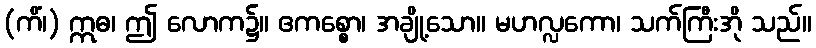
(ကိံ၊) ဣဓ၊ ဤ လောက၌။ ဧကစ္စော၊ အချို့သော။ မဟလ္လကော၊ သက်ကြီးအို သည်။